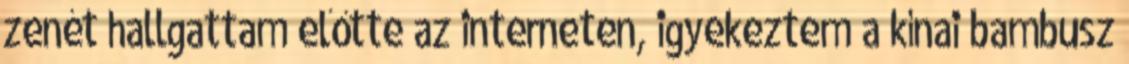
zenét hallgattam előtte az interneten, igyekeztem a kínai bambusz